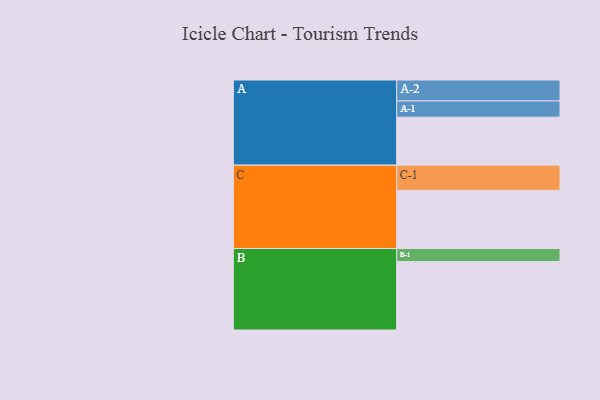
{"axis": {"x": "Segment", "y": "Value"}, "legend": ["", "A", "B", "C"], "data": [{"x": "A", "y": 375, "type": ""}, {"x": "B", "y": 535, "type": ""}, {"x": "C", "y": 455, "type": ""}, {"x": "A-1", "y": 127, "type": "A"}, {"x": "A-2", "y": 164, "type": "A"}, {"x": "B-1", "y": 102, "type": "B"}, {"x": "C-1", "y": 197, "type": "C"}]}